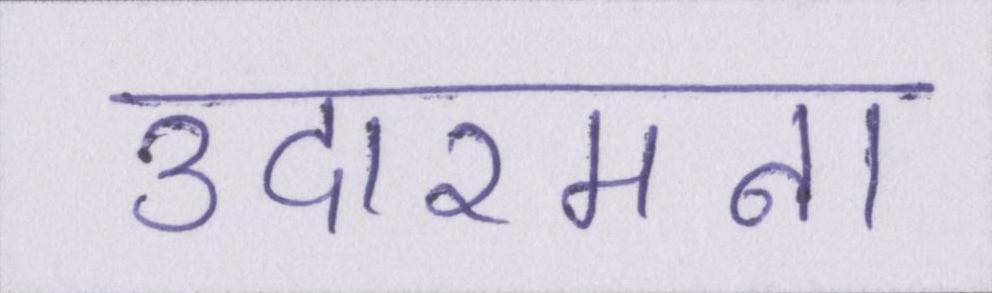
उदारमना